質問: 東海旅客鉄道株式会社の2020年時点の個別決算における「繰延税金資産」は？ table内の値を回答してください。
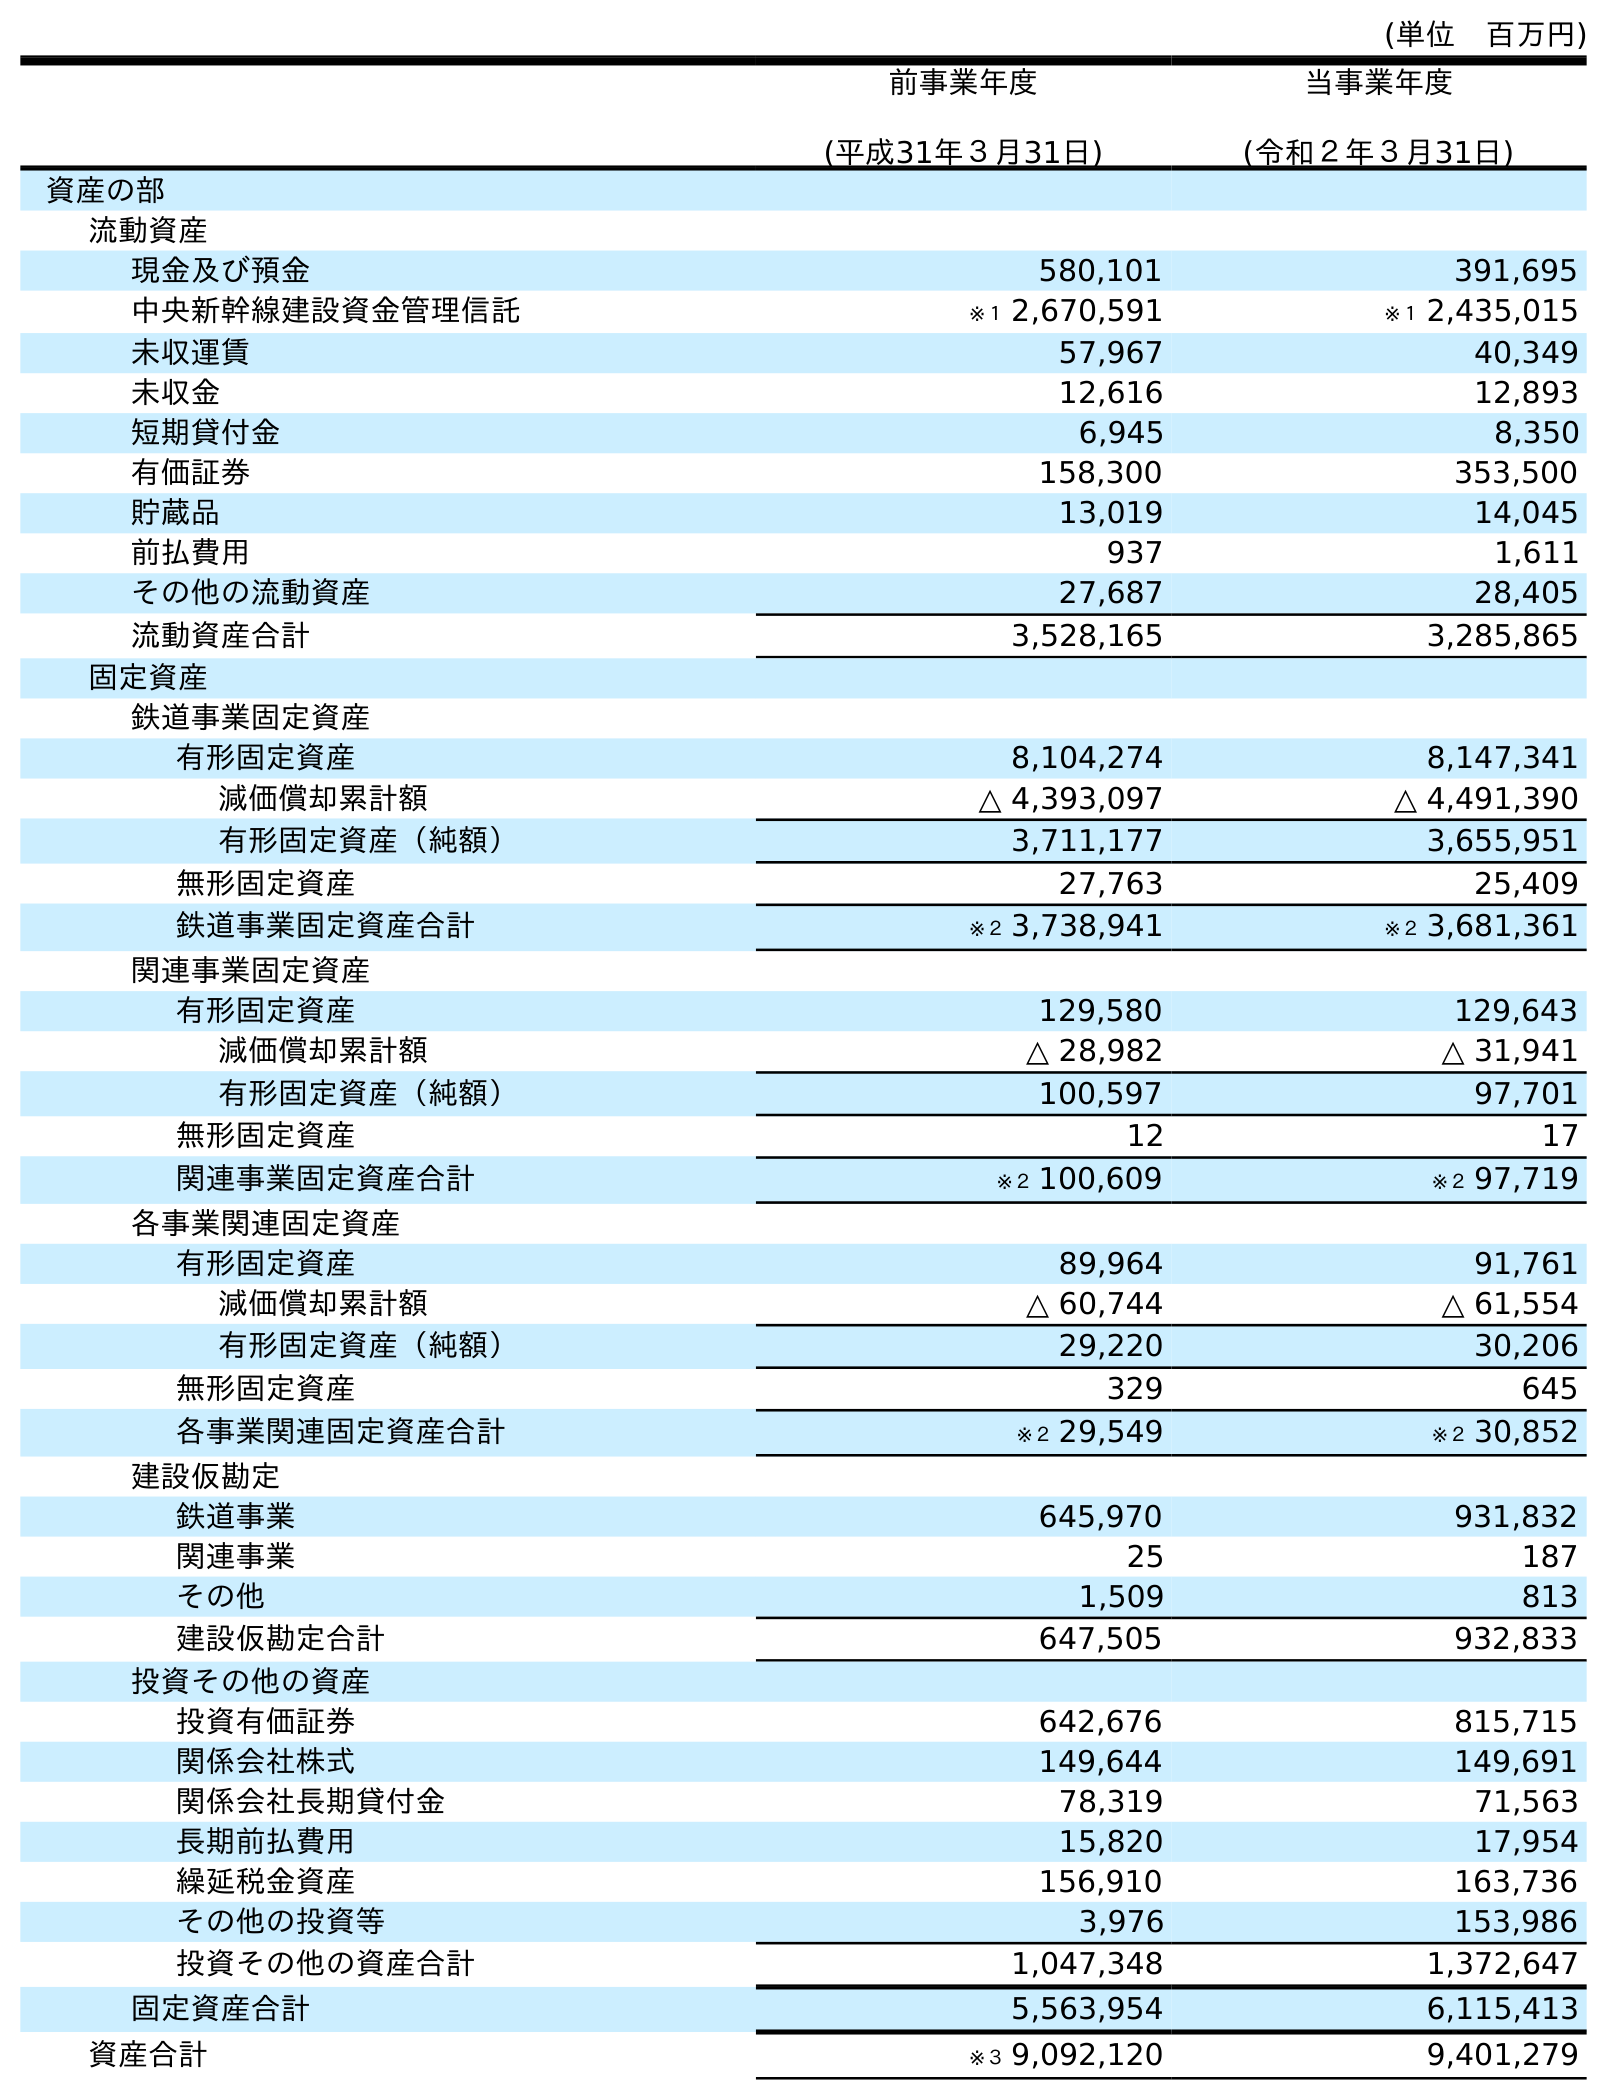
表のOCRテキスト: (単位 百万円) 前事業年度 (平成31年３月31日) 当事業年度 (令和２年３月31日) 資産の部 流動資産 現金及び預金 580,101 391,695 中央新幹線建設資金管理信託 ※１ 2,670,591 ※１ 2,435,015 未収運賃 57,967 40,349 未収金 12,616 12,893 短期貸付金 6,945 8,350 有価証券 158,300 353,500 貯蔵品 13,019 14,045 前払費用 937 1,611 その他の流動資産 27,687 28,405 流動資産合計 3,528,165 3,285,865 固定資産 鉄道事業固定資産 有形固定資産 8,104,274 8,147,341 減価償却累計額 △ 4,393,097 △ 4,491,390 有形固定資産（純額） 3,711,177 3,655,951 無形固定資産 27,763 25,409 鉄道事業固定資産合計 ※２ 3,738,941 ※２ 3,681,361 関連事業固定資産 有形固定資産 129,580 129,643 減価償却累計額 △ 28,982 △ 31,941 有形固定資産（純額） 100,597 97,701 無形固定資産 12 17 関連事業固定資産合計 ※２ 100,609 ※２ 97,719 各事業関連固定資産 有形固定資産 89,964 91,761 減価償却累計額 △ 60,744 △ 61,554 有形固定資産（純額） 29,220 30,206 無形固定資産 329 645 各事業関連固定資産合計 ※２ 29,549 ※２ 30,852 建設仮勘定 鉄道事業 645,970 931,832 関連事業 25 187 その他 1,509 813 建設仮勘定合計 647,505 932,833 投資その他の資産 投資有価証券 642,676 815,715 関係会社株式 149,644 149,691 関係会社長期貸付金 78,319 71,563 長期前払費用 15,820 17,954 繰延税金資産 156,910 163,736 その他の投資等 3,976 153,986 投資その他の資産合計 1,047,348 1,372,647 固定資産合計 5,563,954 6,115,413 資産合計 ※３ 9,092,120 9,401,279
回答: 163,736